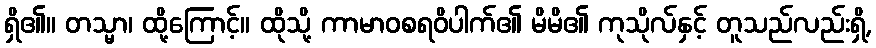
ရှိ၏။ တသ္မာ၊ ထို့ကြောင့်။ ထိုသို့ ကာမာဝစရဝိပါက်၏ မိမိ၏ ကုသိုလ်နှင့် တူသည်လည်းရှိ,